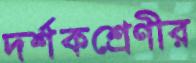
দর্শকশ্রেণীর